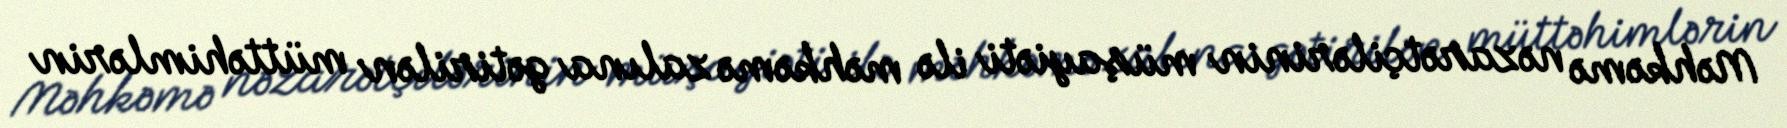
Məhkəmə nəzarətçilərinin müşayiəti ilə məhkəmə zalına gətirilən müttəhimlərin